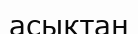
асықтан